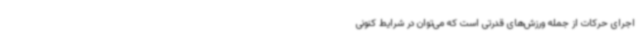
اجرای حرکات از جمله‌ ورزش‌های قدرتی است که می‌توان در شرایط کنونی